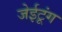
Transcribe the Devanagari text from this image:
जेईटूंग